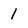
Character: l